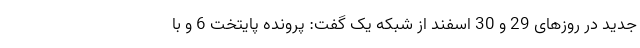
جدید در روزهای 29 و 30 اسفند از شبکه یک گفت: پرونده پایتخت 6 و با